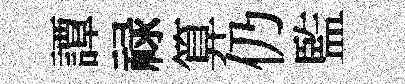
譚禄算仍監